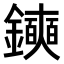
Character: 𫓛